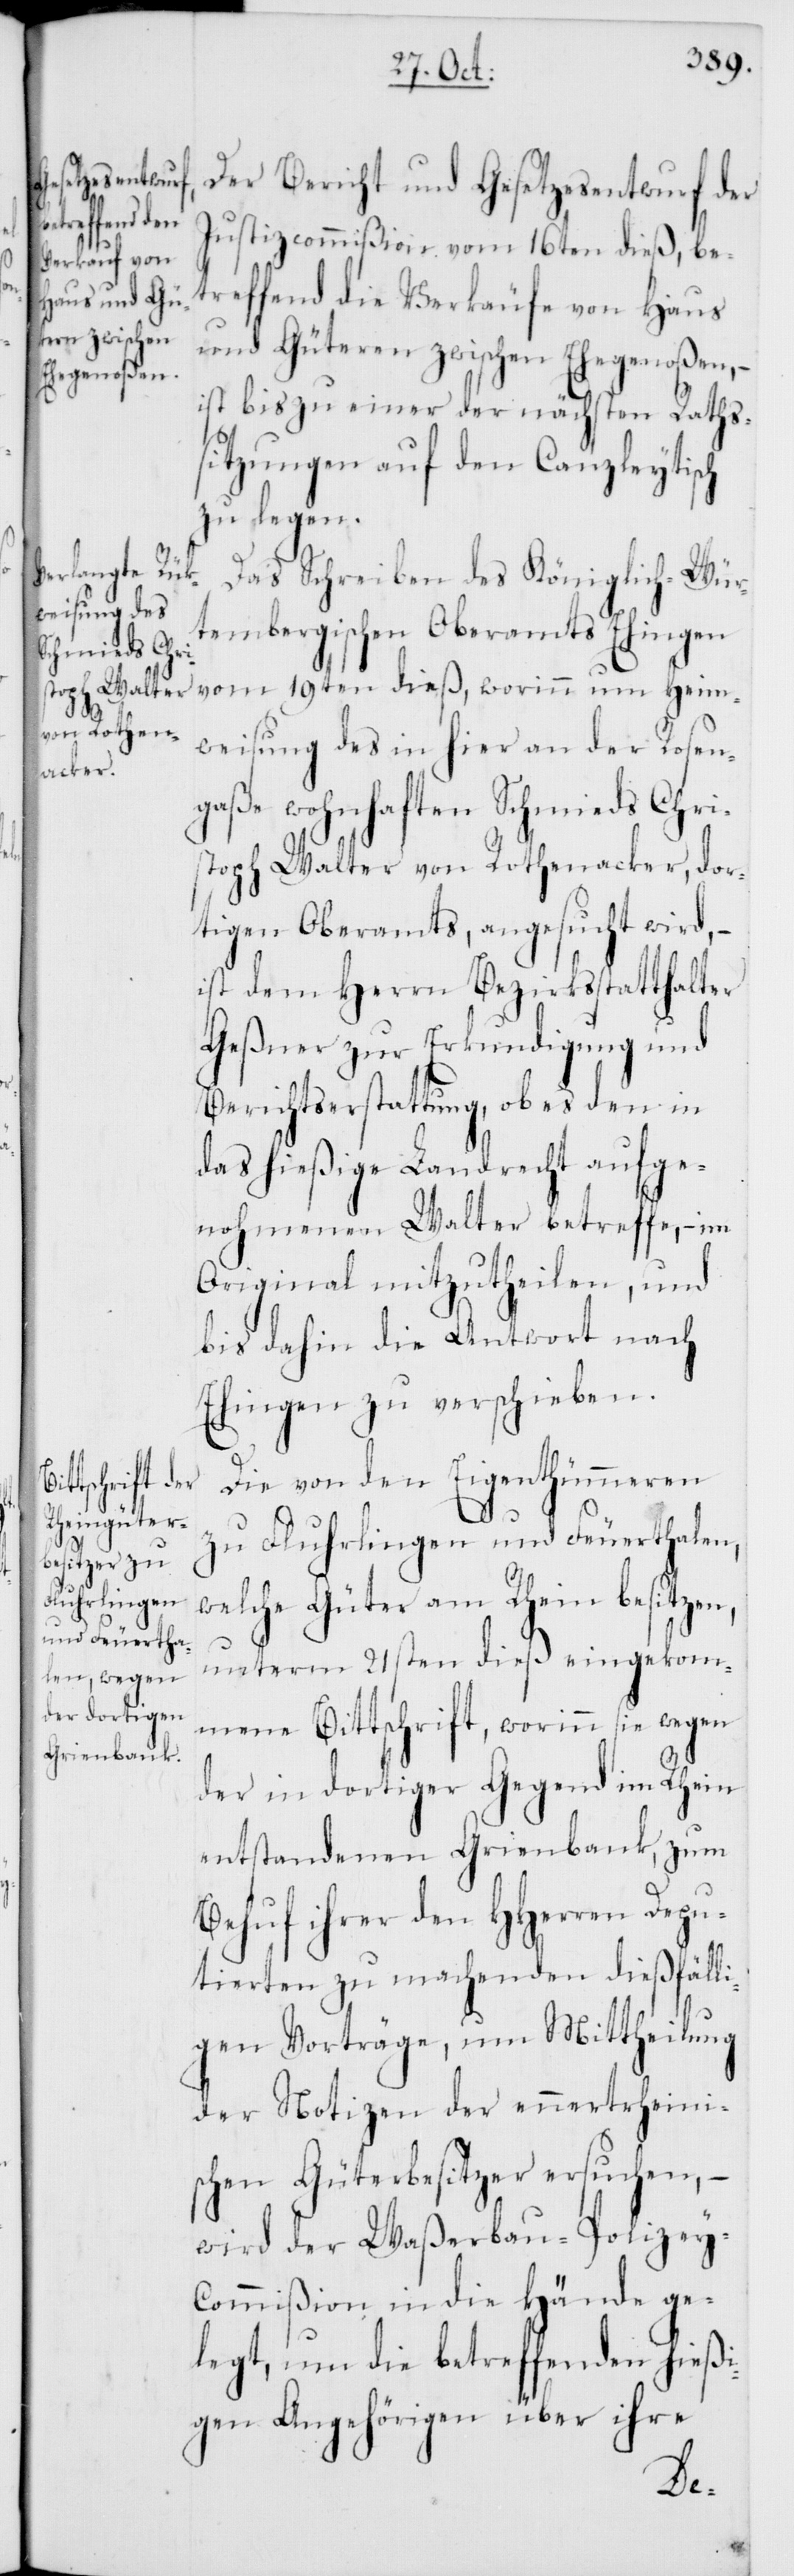
Der Bericht und Gesetzesentwurf der
Justizcommißion vom 16ten dieß, be¬
treffend die Verkäufe von Haus
und Güteren zwischen Ehegenoßen, –
ist bis zu einer der nächsten Raths¬
sitzungen auf den Canzleytisch
zu legen.
Die von den Eigenthümmeren
zu Flurlingen und Feuerthalen,
welche Güter am Rhein besitzen,
unterm 21sten dieß eingekom¬
mene Bittschrift, worinn sie wegen
der in dortiger Gegend im Rhein
entstandenen Grienbank, zum
Behuf ihrer den HHerren Depu¬
tierten zu machenden dießfälli¬
gen Vorträge, um Mittheilung
der Notizen der ennertrheini¬
schen Güterbesitzer ersuchen, –
wird der Waßerbau-Polizey-C¬
ommißion in die Hände ge¬
legt, um die betreffenden hießi¬
gen Angehörigen über ihre